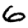
Digit: 6